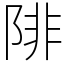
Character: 陫